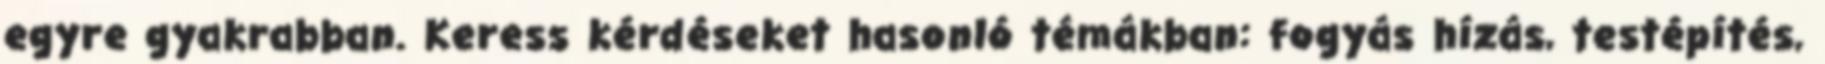
egyre gyakrabban. Keress kérdéseket hasonló témákban: fogyás hízás, testépítés,